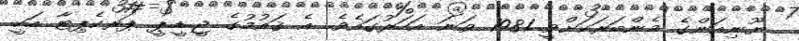
ޔޫނިއަންގެ މެންބަރަކަށްވީ 1981 ވަނަ އަހަރުގައެވެ. އެ ޤައުމުގެ ޖީ.ޑީ.ޕީ ޕަރކެޕިޓާ އަކީ